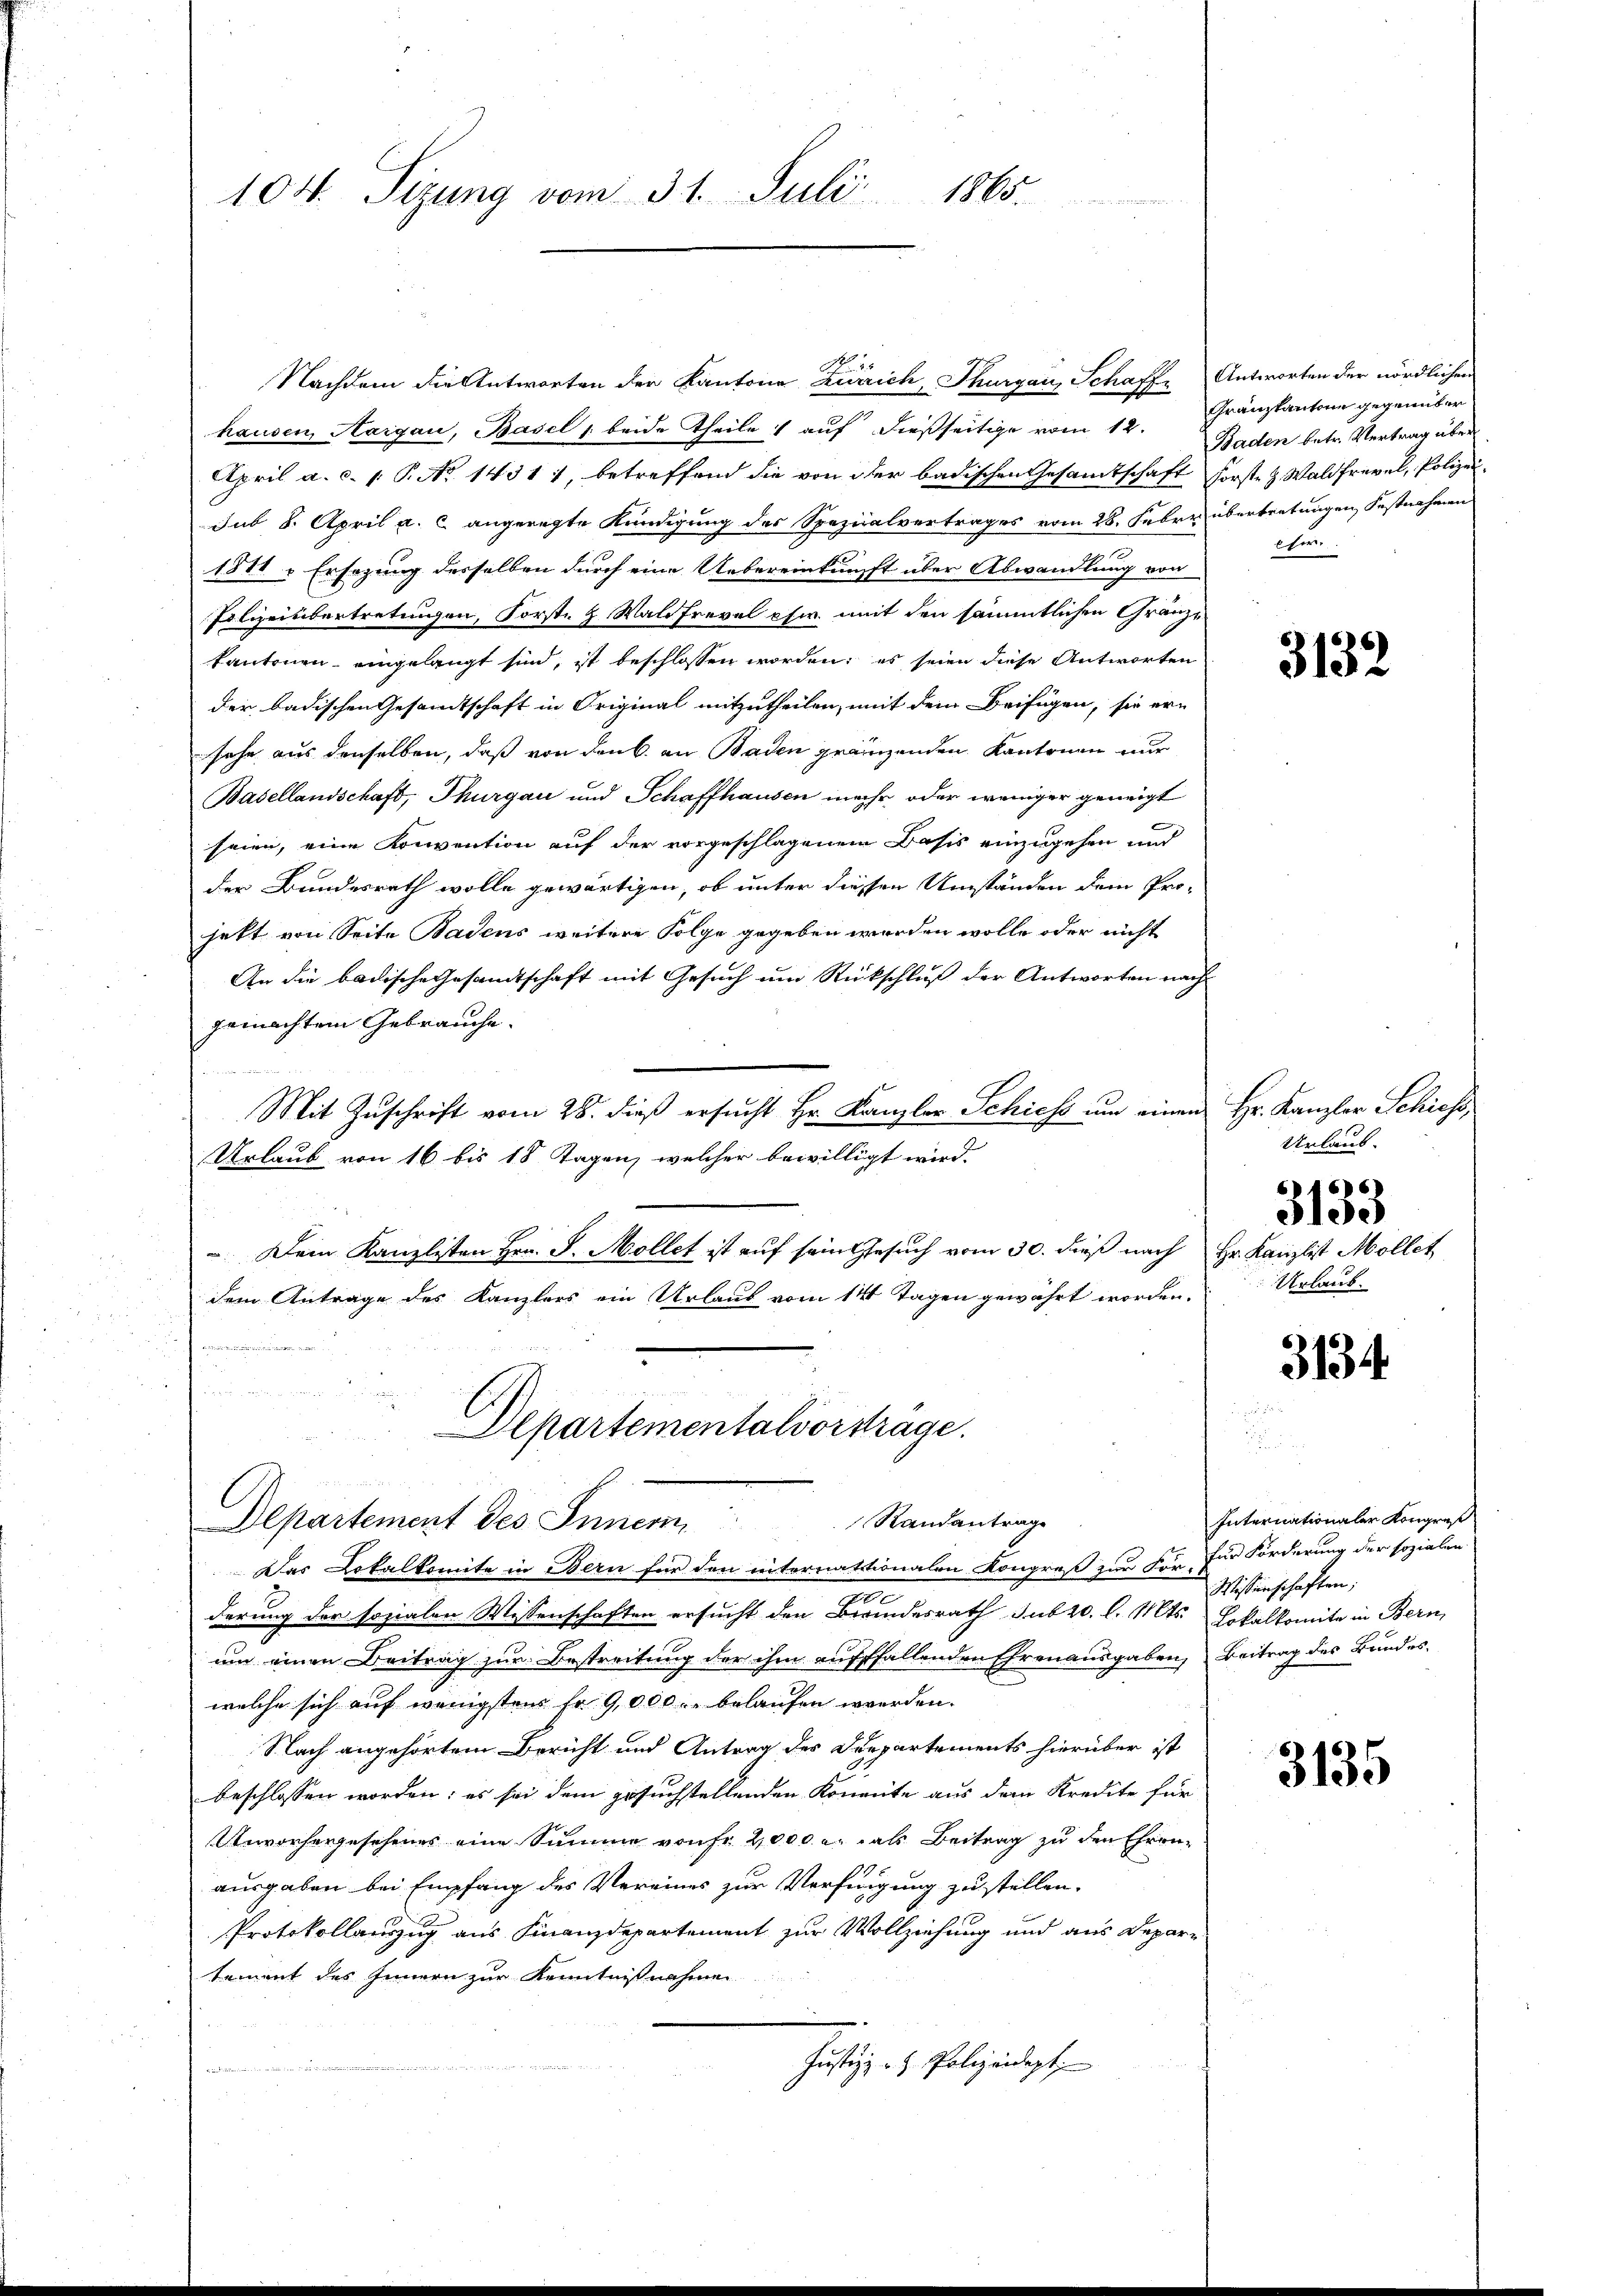
104. Sizung vom 31. Juli 1865.

u
Departement des Inner Standantrage

No. 1.
Nachdem die Antworten der Kantone Zürich, Thurgau, Schaffe Antworten der nördlichen
hausen, Hargau, Basel s. beide Theile auf dießseitige vom 12.
April a. c. 1 P. No 14311, betreffend die von der badischen Gesamtschaft forste z. Waldfrevel, Polizeisub 8. April a. c. angeregte Kündigung des Spezialvertrages vom 28. Feber übertretungen Festnahmen
1811 - Ersezung desselben durch eine Uebereinkunft über Abwandlung von
Polizeibertretungen, Forst- & Waldfrevel pfw. mit den sämmtlichen Gränzkantonen eingelangt sind, ist beschlossen worden; es seien diese Antworten
der badischen Gesamtschaft in Original mitzutheilen, mit dem Beifügen, sie ersehe aus denselben, daß von den 6. an Baden gränzenden Kantonen nur
Basellandschaft, Thurgau und Schaffhausen mehr oder weniger geneigt
seien, eine Konvention auf der vorgeschlagenem Basis einzugehen und
der Bundesrath wolle gewärtigen, ob unter diessen Umständen dem Pro-
jett von Seite Badens weitere Folge gegeben werden wolle oder nicht
An die badische Gesamtschaft mit Gesuch um Rückschluß der Antworten nach
gemachtem Gebrauche.
Mit Zuschrift vom 28. dieß ersucht Hr. Kanzler Schiess um einen Hr. Kanzler Schiess,
Urlaub von 16 bis 18 Tagen, welcher bewilligt wird.
 Dein Kanzlisten Hrn. J. Mollet ist auf sein Gesuch vom 30. dieß nach Hr. Kanzlist Mollet
dem Antrage des Kanzlers ein Urlaus vom 14 Tagen gewährt worden.
u
Departementalvorstrage.

Das Lokalkomite in Bern für den internationalen Kongreß zur Für für Forderung der sozialen
m
derung der sozialen Wissenschaften ersucht den Breundesrath Jubzc. l. Mts. Lokalkomite in Bern,
um einen Beitrag zur Bestreitung der ihm auffallenden Ehrenausgaben, Beitrag des Bundes-
welche sich auf wenigsten Fr. 9,000 u. belaufen werden.
Nach angehörtem Bericht und Antrag des Departements hierüber ist
beschlossen worden; es sei dem gesuchstellenden Konante aus dem Kredite für
Unvorhergesehenes eine Summe von Fr. 2000 u. das Beitrag zu den Ehren
90
ausgaben bei Empfang des Vereines zur Verfügung zu stellen.
Protokollauszug aus Finanzdepartement zur Vollziehung und aus Departement des Innern zur Kenntnißnahmen
Justiz & Polizeidigt
u

Granzkantone gegenüber
Baden betr. Vertrag über
her.

3132

Urlaub.
3133
Urlaub.

3134

Internationaler Kongres
Wissenschaften;

3135